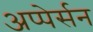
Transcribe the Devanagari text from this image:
अप्पेर्सन